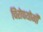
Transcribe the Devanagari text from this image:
चिरोपयोगी